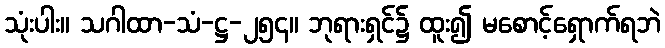
သုံးပါး။ သဂါထာ-သံ-ဋ္ဌ-၂၅၄။ ဘုရားရှင်၌ ထူး၍ မစောင့်ရှောက်ရဘဲ